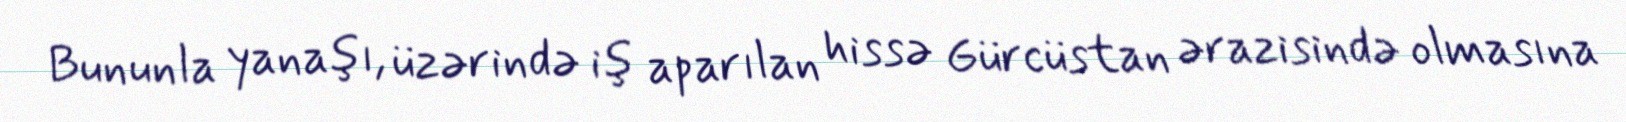
Bununla yanaşı, üzərində iş aparılan hissə Gürcüstan ərazisində olmasına